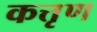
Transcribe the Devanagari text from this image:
कत्तृण